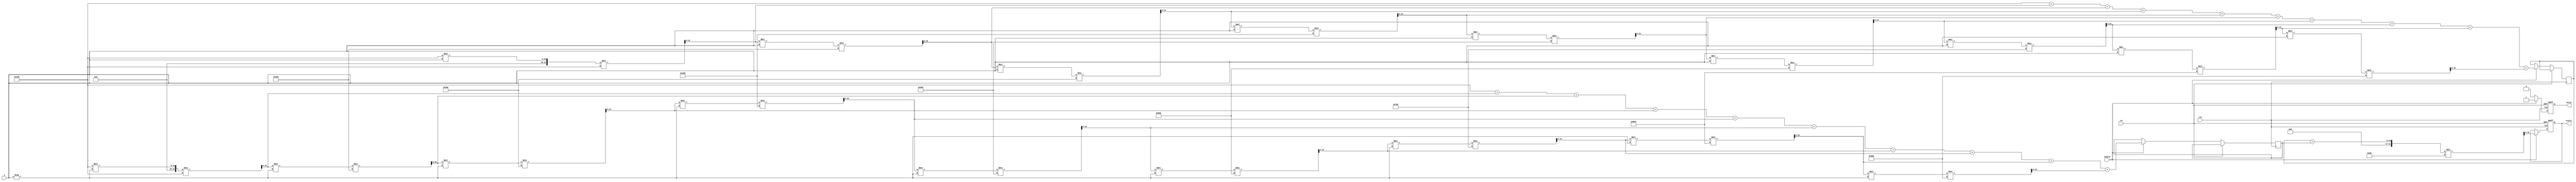
module CoshCalculator #(
    parameter WIDTH = 16,  // Bit-width for input and output
    parameter FRACTIONAL_BITS = 8 // Number of bits for the fractional part
)(
    input  wire clk,
    input  wire rst,
    input  wire [WIDTH-1:0] x, // Input value (fixed-point representation)
    input  wire enable,
    output reg [WIDTH-1:0] result, // Output value (fixed-point representation)
    output reg valid // Output valid flag
);

    // Constants
    localparam FIXED_POINT_SCALE = 1 << FRACTIONAL_BITS;
    localparam HALF = (1 << (FRACTIONAL_BITS - 1)); // 0.5 in fixed-point

    // Intermediate variables for e^x and e^-x
    reg [WIDTH-1:0] exp_x;
    reg [WIDTH-1:0] exp_neg_x;

    // Compute e^x using Taylor series: e^x  1 + x + x^2/2! + x^3/3! + ...
    function [WIDTH-1:0] exp_taylor;
        input [WIDTH-1:0] input_x;
        reg [WIDTH-1:0] term;
        integer i;
        begin
            term = FIXED_POINT_SCALE; // Start with 1 (fixed point)
            exp_taylor = term; // Initialize e^x
            for (i = 1; i < 10; i = i + 1) begin // 10 terms for approximation
                term = (term * input_x) / (i * FIXED_POINT_SCALE); // term = x^i / i!
                exp_taylor = exp_taylor + term; // Add term to the sum
            end
        end
    endfunction

    // Compute e^-x using Taylor series
    function [WIDTH-1:0] exp_neg_taylor;
        input [WIDTH-1:0] input_x;
        begin
            exp_neg_taylor = exp_taylor(-input_x); // e^-x = e^(x)
        end
    endfunction

    // Main process
    always @(posedge clk or posedge rst) begin
        if (rst) begin
            result <= 0;
            valid <= 0;
        end else if (enable) begin
            exp_x <= exp_taylor(x);
            exp_neg_x <= exp_neg_taylor(x);
            result <= (exp_x + exp_neg_x) / HALF; // Cosh(x) = (e^x + e^-x) / 2
            valid <= 1; // Set valid signal
        end else begin
            valid <= 0; // Clear valid signal
        end
    end

endmodule